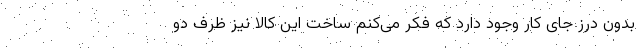
بدون درز جای کار وجود دارد که فکر می‌کنم ساخت این کالا نیز ظرف دو